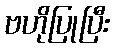
ဗဟိုပြုပြီး